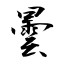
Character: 曇